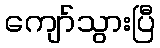
ကျော်သွားပြီ